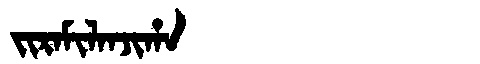
Manchu: ᠵᡳᡵᠠᠮᡳᠯᠠᠨᠵᡳᡥᠠ
Romanization: JIRAMILANJIHA